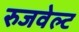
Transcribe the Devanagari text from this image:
रुजवेल्ट